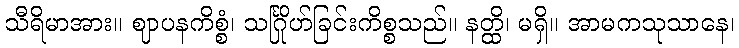
သီရိမာအား။ ဈာပနကိစ္စံ၊ သင်္ဂြိုဟ်ခြင်းကိစ္စသည်။ နတ္ထိ၊ မရှိ။ အာမကသုသာနေ၊